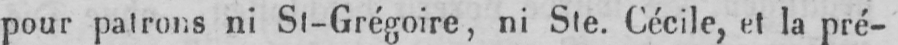
pour patrons ni St-Grégoire, ni Ste. Cécile, et la pré-